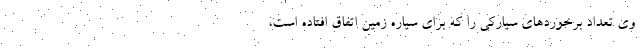
وی تعداد برخوردهای سیارکی را که برای سیاره زمین اتفاق افتاده است،